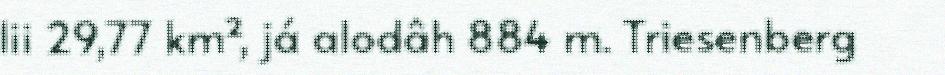
lii 29,77 km², já alodâh 884 m. Triesenberg